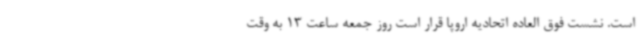
است. نشست فوق العاده اتحادیه اروپا قرار است روز جمعه ساعت 13 به وقت